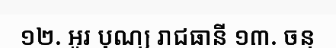
១២. អូរ បុណ្យ រាជធានី ១៣. ចន្ទ